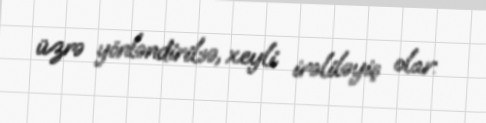
üzrə yönləndirilsə, xeyli irəliləyiş olar.